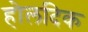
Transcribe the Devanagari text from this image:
होलदिक